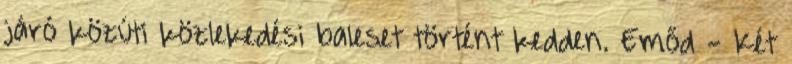
járó közúti közlekedési baleset történt kedden. Emőd - Két